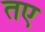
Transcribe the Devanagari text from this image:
तए